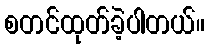
စတင်ထုတ်ခဲ့ပါတယ်။